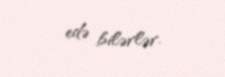
edə bilərlər.